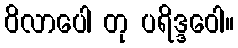
ဝိလာပေါ တု ပရိဒ္ဒဝေါ။